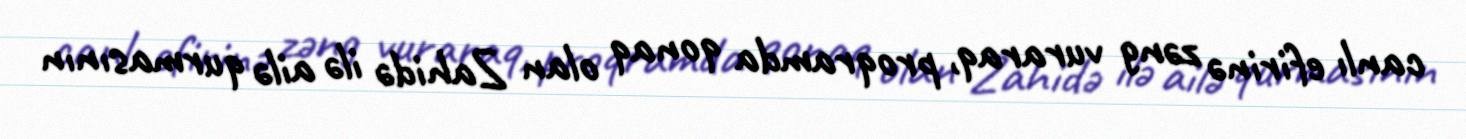
canlı efirinə zəng vuraraq, proqramda qonaq olan Zahidə ilə ailə qurmasının